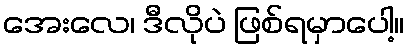
အေးလေ၊ ဒီလိုပဲ ဖြစ်ရမှာပေါ့။